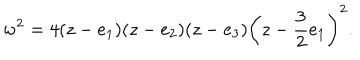
w ^ { 2 } = 4 ( z - e _ { 1 } ) ( z - e _ { 2 } ) ( z - e _ { 3 } ) \left( z - { \frac { 3 } { 2 } } e _ { 1 } \right) ^ { 2 } .